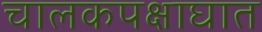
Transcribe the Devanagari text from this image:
चालकपक्षाघात